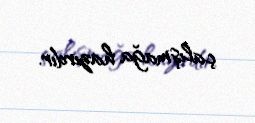
çalışmağa hazırdır.